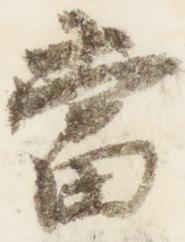
当